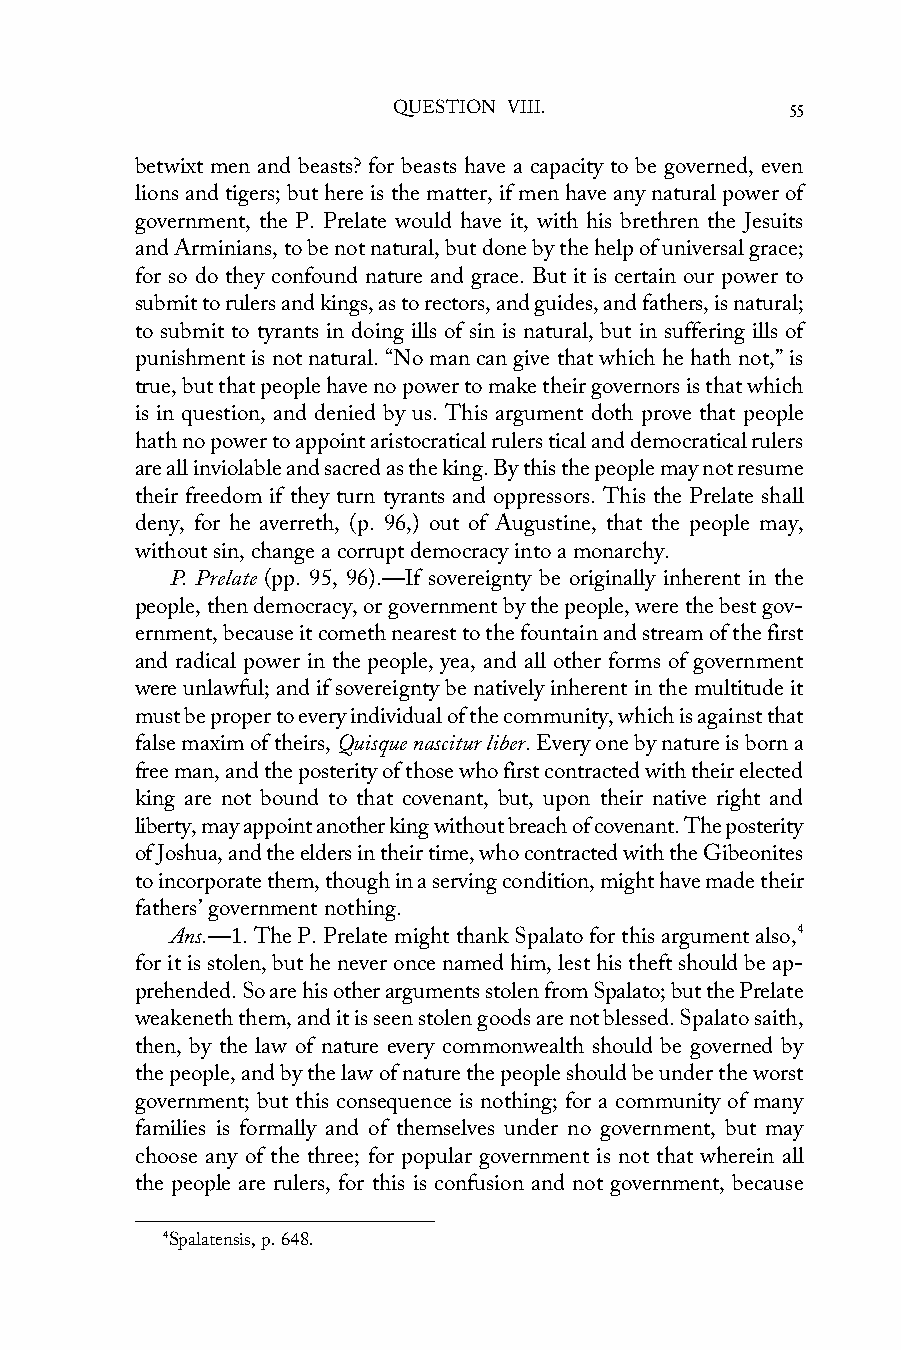
QUESTION VIII.            55
 betwixt men and beasts? for beasts have a capacity to be governed, even
 lions and tigers; but here is the matter, if men have any natural power of
 government, the P. Prelate would have it, with his brethren the Jesuits
 and Arminians, to be not natural, but done by the help of universal grace;
 for so do they confound nature and grace. But it is certain our power to
 submit to rulers and kings, as to rectors, and guides, and fathers, is natural;
 to submit to tyrants in doing ills of sin is natural, but in suffering ills of
 punishment is not natural. “No man can give that which he hath not,” is
 true, but that people have no power to make their governors is that which
 is in question, and denied by us. This argument doth prove that people
 hath no power to appoint aristocratical rulers tical and democratical rulers
 are all inviolable and sacred as the king. By this the people may not resume
 their freedom if they turn tyrants and oppressors. This the Prelate shall
 deny, for he averreth, (p. 96,) out of Augustine, that the people may,
 without sin, change a corrupt democracy into a monarchy.
 P. Prelate (pp. 95, 96).—If sovereignty be originally inherent in the
 people, then democracy, or government by the people, were the best gov-
 ernment, because it cometh nearest to the fountain and stream of the first
 and radical power in the people, yea, and all other forms of government
 were unlawful; and if sovereignty be natively inherent in the multitude it
 must be proper to every individual of the community, which is against that
 false maxim of theirs, Quisque nascitur liber. Every one by nature is born a
 free man, and the posterity of those who first contracted with their elected
 king are not bound to that covenant, but, upon their native right and
 liberty, may appoint another king without breach of covenant. The posterity
 of Joshua, and the elders in their time, who contracted with the Gibeonites
 to incorporate them, though in a serving condition, might have made their
 fathers’ government nothing.
 Ans.—1. The P. Prelate might thank Spalato for this argument also,4
 for it is stolen, but he never once named him, lest his theft should be ap-
 prehended. So are his other arguments stolen from Spalato; but the Prelate
 weakeneth them, and it is seen stolen goods are not blessed. Spalato saith,
 then, by the law of nature every commonwealth should be governed by
 the people, and by the law of nature the people should be under the worst
 government; but this consequence is nothing; for a community of many
 families is formally and of themselves under no government, but may
 choose any of the three; for popular government is not that wherein all
 the people are rulers, for this is confusion and not government, because
 4Spalatensis, p. 648.